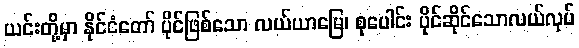
ယင်းတို့မှာ နိုင်ငံတော် ပိုင်ဖြစ်သော လယ်ယာမြေ၊ စုပေါင်း ပိုင်ဆိုင်သောလယ်လုပ်